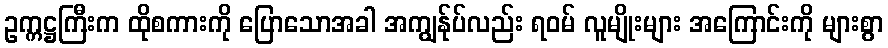
ဥက္ကဋ္ဌကြီးက ထိုစကားကို ပြောသောအခါ အကျွန်ုပ်လည်း ရဝမ် လူမျိုးများ အကြောင်းကို များစွာ